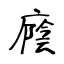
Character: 廕